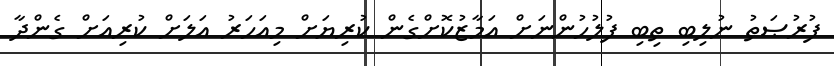
ފުރުޞަތު ނުލިބި ތިބި ފުލުހުންނަށް އަމާޒުކޮށްގެން ކުރިޔަށް މިއަހަރު އަލަށް ކުރިއަށް ގެންދާ